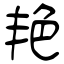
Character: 艳